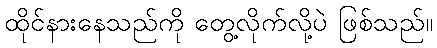
ထိုင်နားနေသည်ကို တွေ့လိုက်လို့ပဲ ဖြစ်သည်။